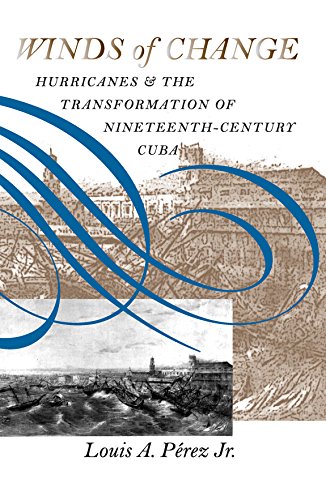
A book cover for Winds of Change: Hurricanes and the Transformation of Nineteenth-Century Cuba; Louis A. Perez; Science & Math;